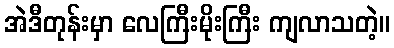
အဲဒီတုန်းမှာ လေကြီးမိုးကြီး ကျလာသတဲ့။